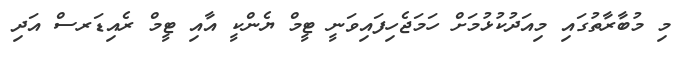
މި މުބާރާތުގައި މިއަދުކުޅުމަށް ހަމަޖެހިފައިވަނީ ޓީމް ޔެންކީ އާއި ޓީމް ރެއިޑަރސް އަދި